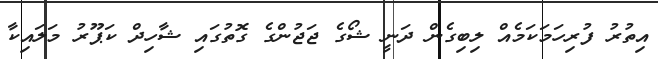
އިތުރު ފުރިހަމަކަމެއް ލިބިގެން ދަނީ ޝޯގެ ޖަޖުންގެ ގޮތުގައި ޝާހިދް ކަޕޫރު މަލައިކާ